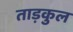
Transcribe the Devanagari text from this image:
ताड़कुल